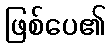
ဖြစ်ပေ၏